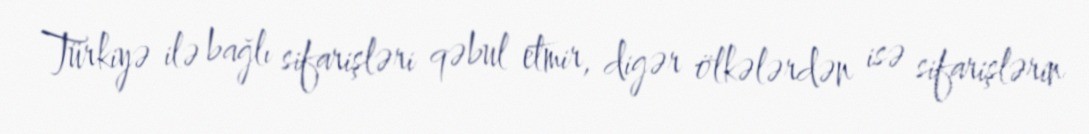
Türkiyə ilə bağlı sifarişləri qəbul etmir, digər ölkələrdən isə sifarişlərin